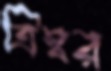
ত্রিস্বর